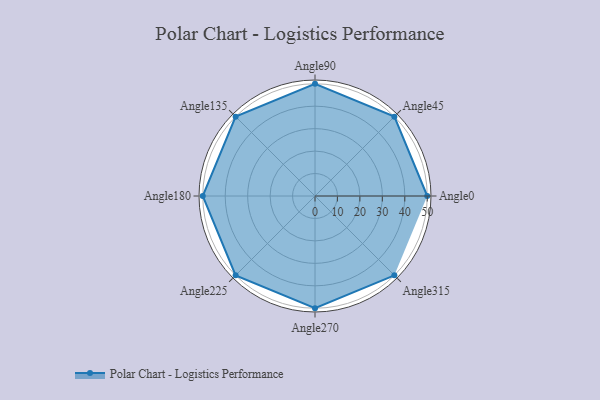
{"axis": {"x": "Angle", "y": "Radius"}, "legend": [""], "data": [{"x": "Angle0", "y": 50, "type": ""}, {"x": "Angle45", "y": 50, "type": ""}, {"x": "Angle90", "y": 50, "type": ""}, {"x": "Angle135", "y": 50, "type": ""}, {"x": "Angle180", "y": 50, "type": ""}, {"x": "Angle225", "y": 50, "type": ""}, {"x": "Angle270", "y": 50, "type": ""}, {"x": "Angle315", "y": 50, "type": ""}]}